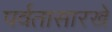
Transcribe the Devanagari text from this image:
पर्वतासारखे